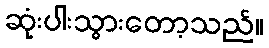
ဆုံးပါးသွားတော့သည်။